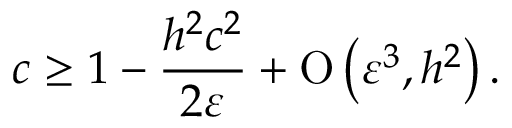
c \geq 1 - \frac { h ^ { 2 } c ^ { 2 } } { 2 \varepsilon } + \ensuremath { \operatorname { O } \left( \varepsilon ^ { 3 } , h ^ { 2 } \right) } .